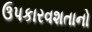
ઉપકારવશતાનો